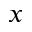
x